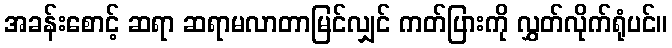
အခန်းစောင့် ဆရာ ဆရာမလာတာမြင်လျှင် ကတ်ပြားကို လွှတ်လိုက်ရုံပင်။